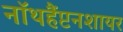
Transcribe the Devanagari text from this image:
नॉथहैंप्टनशायर